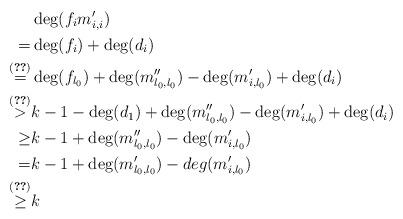
LaTeX: \begin{align*} &\deg(f_i m'_{i,i})\\=&\deg(f_i)+\deg(d_i)\\\overset{(\ref{identity0})}{=}&\deg(f_{l_0})+\deg(m''_{l_0,l_0})-\deg(m'_{i,l_0})+\deg(d_i)\\\overset{(\ref{identity2})}{>}&k-1-\deg(d_1)+\deg(m''_{l_0,l_0})-\deg(m'_{i,l_0})+\deg(d_i)\\\geq& k-1+\deg(m''_{l_0,l_0})-\deg(m'_{i,l_0})\\=&k-1+\deg(m'_{l_0,l_0})-deg(m'_{i,l_0})\\\overset{(\ref{identity1})}{\geq }&k\end{align*}